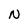
Character: N